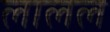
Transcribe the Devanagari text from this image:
लालल